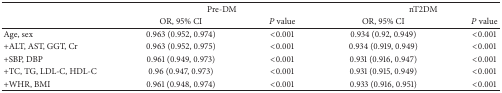
|  | <COLSPAN=2> Pre-DM | <COLSPAN=2> nT2DM |
 |  | OR, 95% CI | P value | OR, 95% CI | P value |
 | --- | --- | --- | --- | --- |
 | Age, sex | 0.963 (0.952, 0.974) | <0.001 | 0.934 (0.92, 0.949) | <0.001 |
 | +ALT, AST, GGT, Cr | 0.963 (0.952, 0.975) | <0.001 | 0.934 (0.919, 0.949) | <0.001 |
 | +SBP, DBP | 0.961 (0.949, 0.973) | <0.001 | 0.931 (0.916, 0.947) | <0.001 |
 | +TC, TG, LDL-C, HDL-C | 0.96 (0.947, 0.973) | <0.001 | 0.931 (0.915, 0.949) | <0.001 |
 | +WHR, BMI | 0.961 (0.948, 0.974) | <0.001 | 0.933 (0.916, 0.951) | <0.001 |